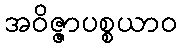
အဝိဇ္ဇာပစ္စယာဝ